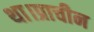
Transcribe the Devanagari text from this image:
था।प्राचीन